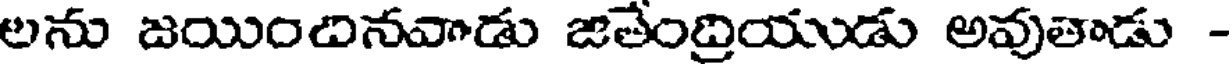
లను జయిందినవాడు జతేంద్రియుడు అవుతాడు -